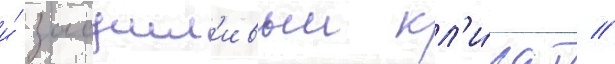
и́ засушл'ивыи кл'и́мат //